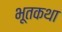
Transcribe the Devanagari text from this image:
भूतकथा